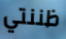
ظننتي